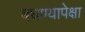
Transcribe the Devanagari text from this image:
बघण्यापेक्षा